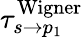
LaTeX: \tau_{s\rightarrow p_{1}}^{\mathrm{{Wigner}}}